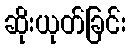
ဆိုးယုတ်ခြင်း